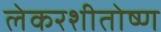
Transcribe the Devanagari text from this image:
लेकरशीतोष्ण